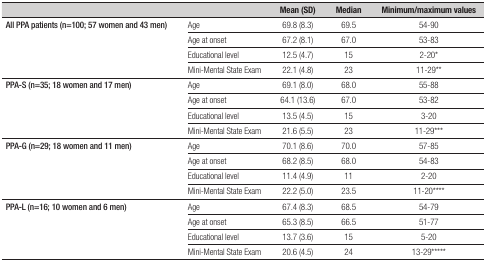
|  |  | Mean (SD) | Median | Minimum/maximumvalues |
 | --- | --- | --- | --- | --- |
 | <ROWSPAN=4> All PPA patients (n=100;57 women and 43 men) | Age | 69.8 (8.3) | 69.5 | 54-90 |
 | Age at onset | 67.2 (8.1) | 67.0 | 53-83 |
 | Educational level | 12.5 (4.7) | 15 | 2-20* |
 | Mini-Mental State Exam | 22.1 (4.8) | 23 | 11-29** |
 | <ROWSPAN=4> PPA-S (n=35; 18 womenand 17 men) | Age | 69.1 (8.0) | 68.0 | 55-88 |
 | Age at onset | 64.1 (13.6) | 67.0 | 53-82 |
 | Educational level | 13.5 (4.5) | 15 | 3-20 |
 | Mini-Mental State Exam | 21.6 (5.5) | 23 | 11-29*** |
 | <ROWSPAN=4> PPA-G (n=29; 18 womenand 11 men) | Age | 70.1 (8.6) | 70.0 | 57-85 |
 | Age at onset | 68.2 (8.5) | 68.0 | 54-83 |
 | Educational level | 11.4 (4.9) | 11 | 2-20 |
 | Mini-Mental State Exam | 22.2 (5.0) | 23.5 | 11-20**** |
 | <ROWSPAN=4> PPA-L (n=16; 10 womenand 6 men) | Age | 67.4 (8.3) | 68.5 | 54-79 |
 | Age at onset | 65.3 (8.5) | 66.5 | 51-77 |
 | Educational level | 13.7 (3.6) | 15 | 5-20 |
 | Mini-Mental State Exam | 20.6 (4.5) | 24 | 13-29***** |